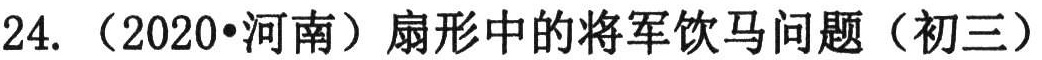
24. （2020•河南）扇形中的将军饮马问题（初三）